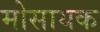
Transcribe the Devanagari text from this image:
मोसायक